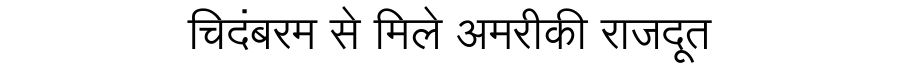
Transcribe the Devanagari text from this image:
चिदंबरम से मिले अमरीकी राजदूत